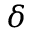
\delta